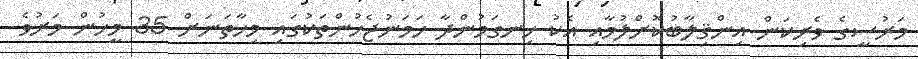
މަރުސީގެ ވެރިކަން އިންޤިލާބުކޮށްލުމާއި އެކު ހިނގަމުންދާ ހަމަނުޖެހުންތަކުގައި މިހާތަނަށް 35 މީހުން މަރުވެ